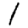
Digit: 1